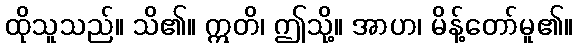
ထိုသူသည်။ သိ၏။ ဣတိ၊ ဤသို့။ အာဟ၊ မိန့်တော်မူ၏။